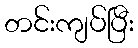
တင်းကျပ်ပြီး